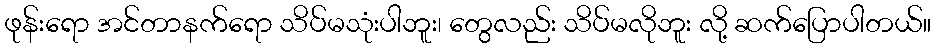
ဖုန်းရော အင်တာနက်ရော သိပ်မသုံးပါဘူး၊ တွေလည်း သိပ်မလိုဘူး လို့ ဆက်ပြောပါတယ်။